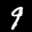
Label: 9